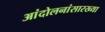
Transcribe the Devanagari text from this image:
आंदोलनांसारख्या